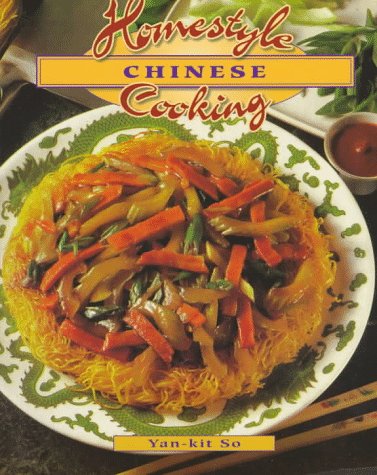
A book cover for Homestyle Chinese Cooking (Homestyle Cooking Series); Yan-Kit So; Cookbooks, Food & Wine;